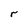
Character: r